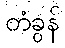
တံခွန်